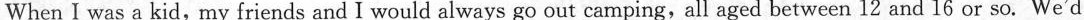
When I was a kid, \underline{my friends} and I would always go out \underline{camping}, all aged between 12 and 16 or so. We'd